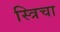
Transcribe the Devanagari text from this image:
स्त्रिचा